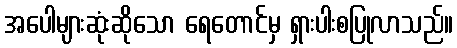
အပေါများဆုံးဆိုသော ရေတောင်မှ ရှားပါးစပြုလာသည်။